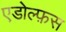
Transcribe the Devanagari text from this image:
एडोल्फ़स